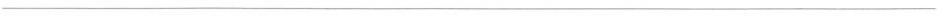
___